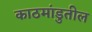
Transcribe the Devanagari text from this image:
काठमांडुतील